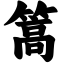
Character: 篙